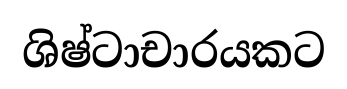
ශිෂ්ටාචාරයකට